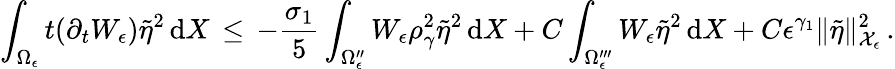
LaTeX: \int_{\Omega_{\epsilon}}t(\partial_{t}W_{\epsilon})\tilde{\eta}^{2}\, \mathrm{d}X\, \le\, -\frac{\sigma_{1}}{5}\int_{\Omega_{\epsilon}^{\prime\prime}}W_{\epsilon}\rho_{\gamma}^{2}\tilde{\eta}^{2}\, \mathrm{d}X+C\int_{\Omega_{\epsilon}^{\prime\prime\prime}}W_{\epsilon}\tilde{\eta}^{2}\, \mathrm{d}X+C\epsilon^{\gamma_{1}}\| \tilde{\eta}\| _{\mathcal{X}_{\epsilon}}^{2}\, .